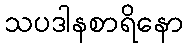
သပဒါနစာရိနော